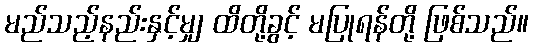
မည်သည့်နည်းနှင့်မျှ ထိတို့ခွင့် မပြုရန်တို့ ဖြစ်သည်။